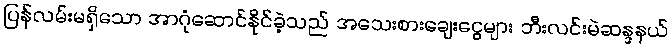
ပြန်လမ်းမရှိသော အာဂုံဆောင်နိုင်ခဲ့သည် အသေးစားချေးငွေများ ဘီးလင်းမဲဆန္ဒနယ်